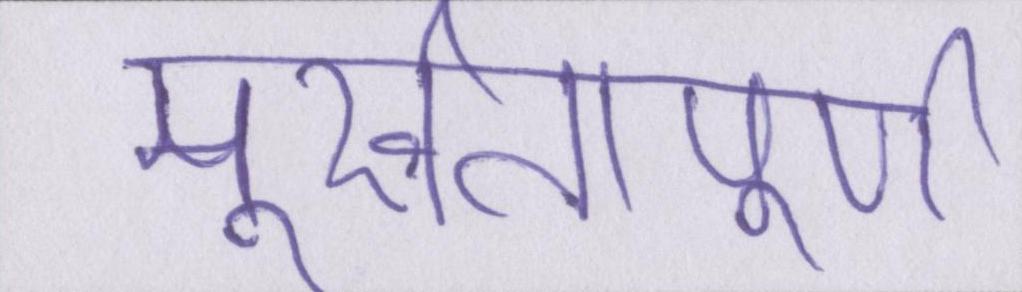
मूर्खतापूर्ण